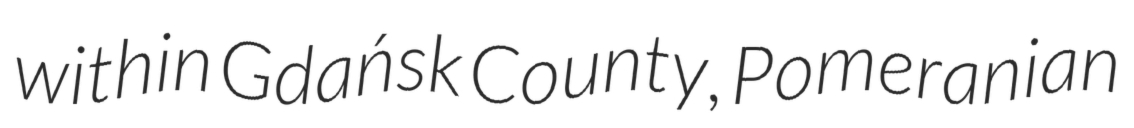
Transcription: within Gdańsk County, Pomeranian